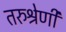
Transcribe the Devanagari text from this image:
तरुश्रेणी